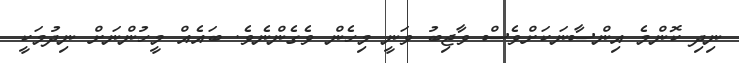
ނިދި ކޮންމެ އިންސާނަކަށްވެސް ވާޖިބު ވަނީ މިހެން ވެގެންނެވެ. ބައެއް މީހުންނަށް ނިދުމަކީ